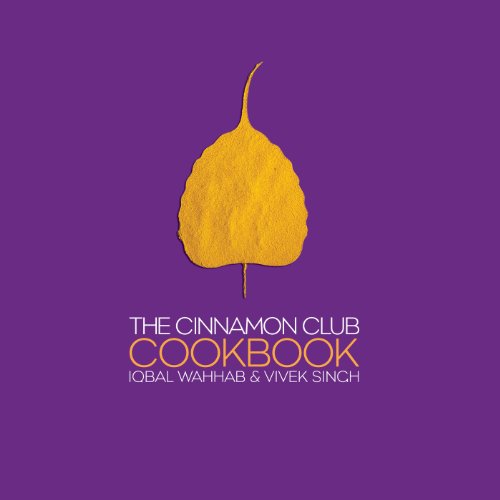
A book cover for The Cinnamon Club Cookbook; Vivek Singh; Cookbooks, Food & Wine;